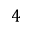
4